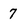
Character: 7